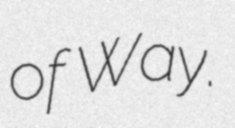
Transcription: of Way.